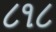
૮૧૮